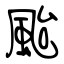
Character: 颱